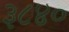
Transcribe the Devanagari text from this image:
३८४०